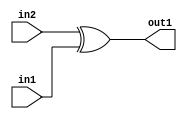
`timescale 1ps / 1ps
/*****************************************************************************
    Verilog RTL Description
    
    
    Created by: CellMath Designer 2019.1.01 
*******************************************************************************/

module DFT_compute_Xor_1Ux1U_1U_1 (
	in2,
	in1,
	out1
	); /* architecture "behavioural" */ 
input  in2,
	in1;
output  out1;
wire  asc001;

assign asc001 = 
	(in2)
	^(in1);

assign out1 = asc001;
endmodule

/* CADENCE  urfyTQ4= : u9/ySgnWtBlWxVPRXgAZ4Og= ** DO NOT EDIT THIS LINE ******/